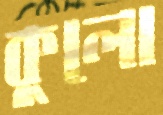
কুলো